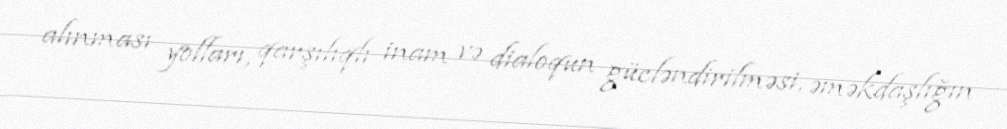
alınması yolları, qarşılıqlı inam və dialoqun gücləndirilməsi, əməkdaşlığın